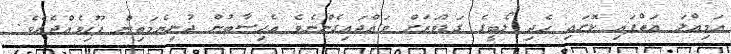
އަމިއްލަ އަތްފައި ކޮށައި ހެދި ލޯބީގެ ގަޑުވަރަށް ވައްދައިގެންނެވެ އެހިސާބުން ދުނިޔެމަތިން ފޫހިވެއްޖެއެވެ.